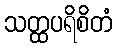
သတ္ထပရိစိတံ